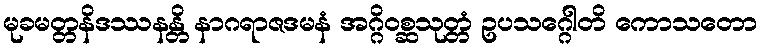
မုခမတ္တနိဒဿနန္တိ နာဂရာဇဒမနံ အဂ္ဂိဝစ္ဆသုတ္တံ ဥပသဂ္ဂေါတိ ကောသတော